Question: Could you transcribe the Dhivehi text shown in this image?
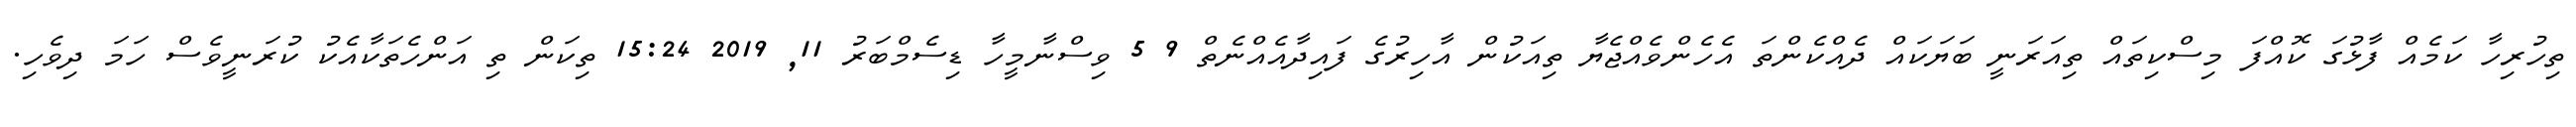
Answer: ތިހުރިހާ ކަމެއް ފާޅުގަ ކޮއްފަ މިސްކިތައް ތިއަރަނީ ބަޔަކައް ދެއްކެންތަ އެހެންވެއްޖެޔާ ތިއަކުން އާހިރުގެ ފައިދާއެއްނެތް 9 5 ވިސްނާމީހާ ޑިސެމްބަރު 11, 2019 15:24 ތިކަން ތި އަންހެތަކާއެކު ކުރަނީވެސް ހަމަ ދިވެހި.